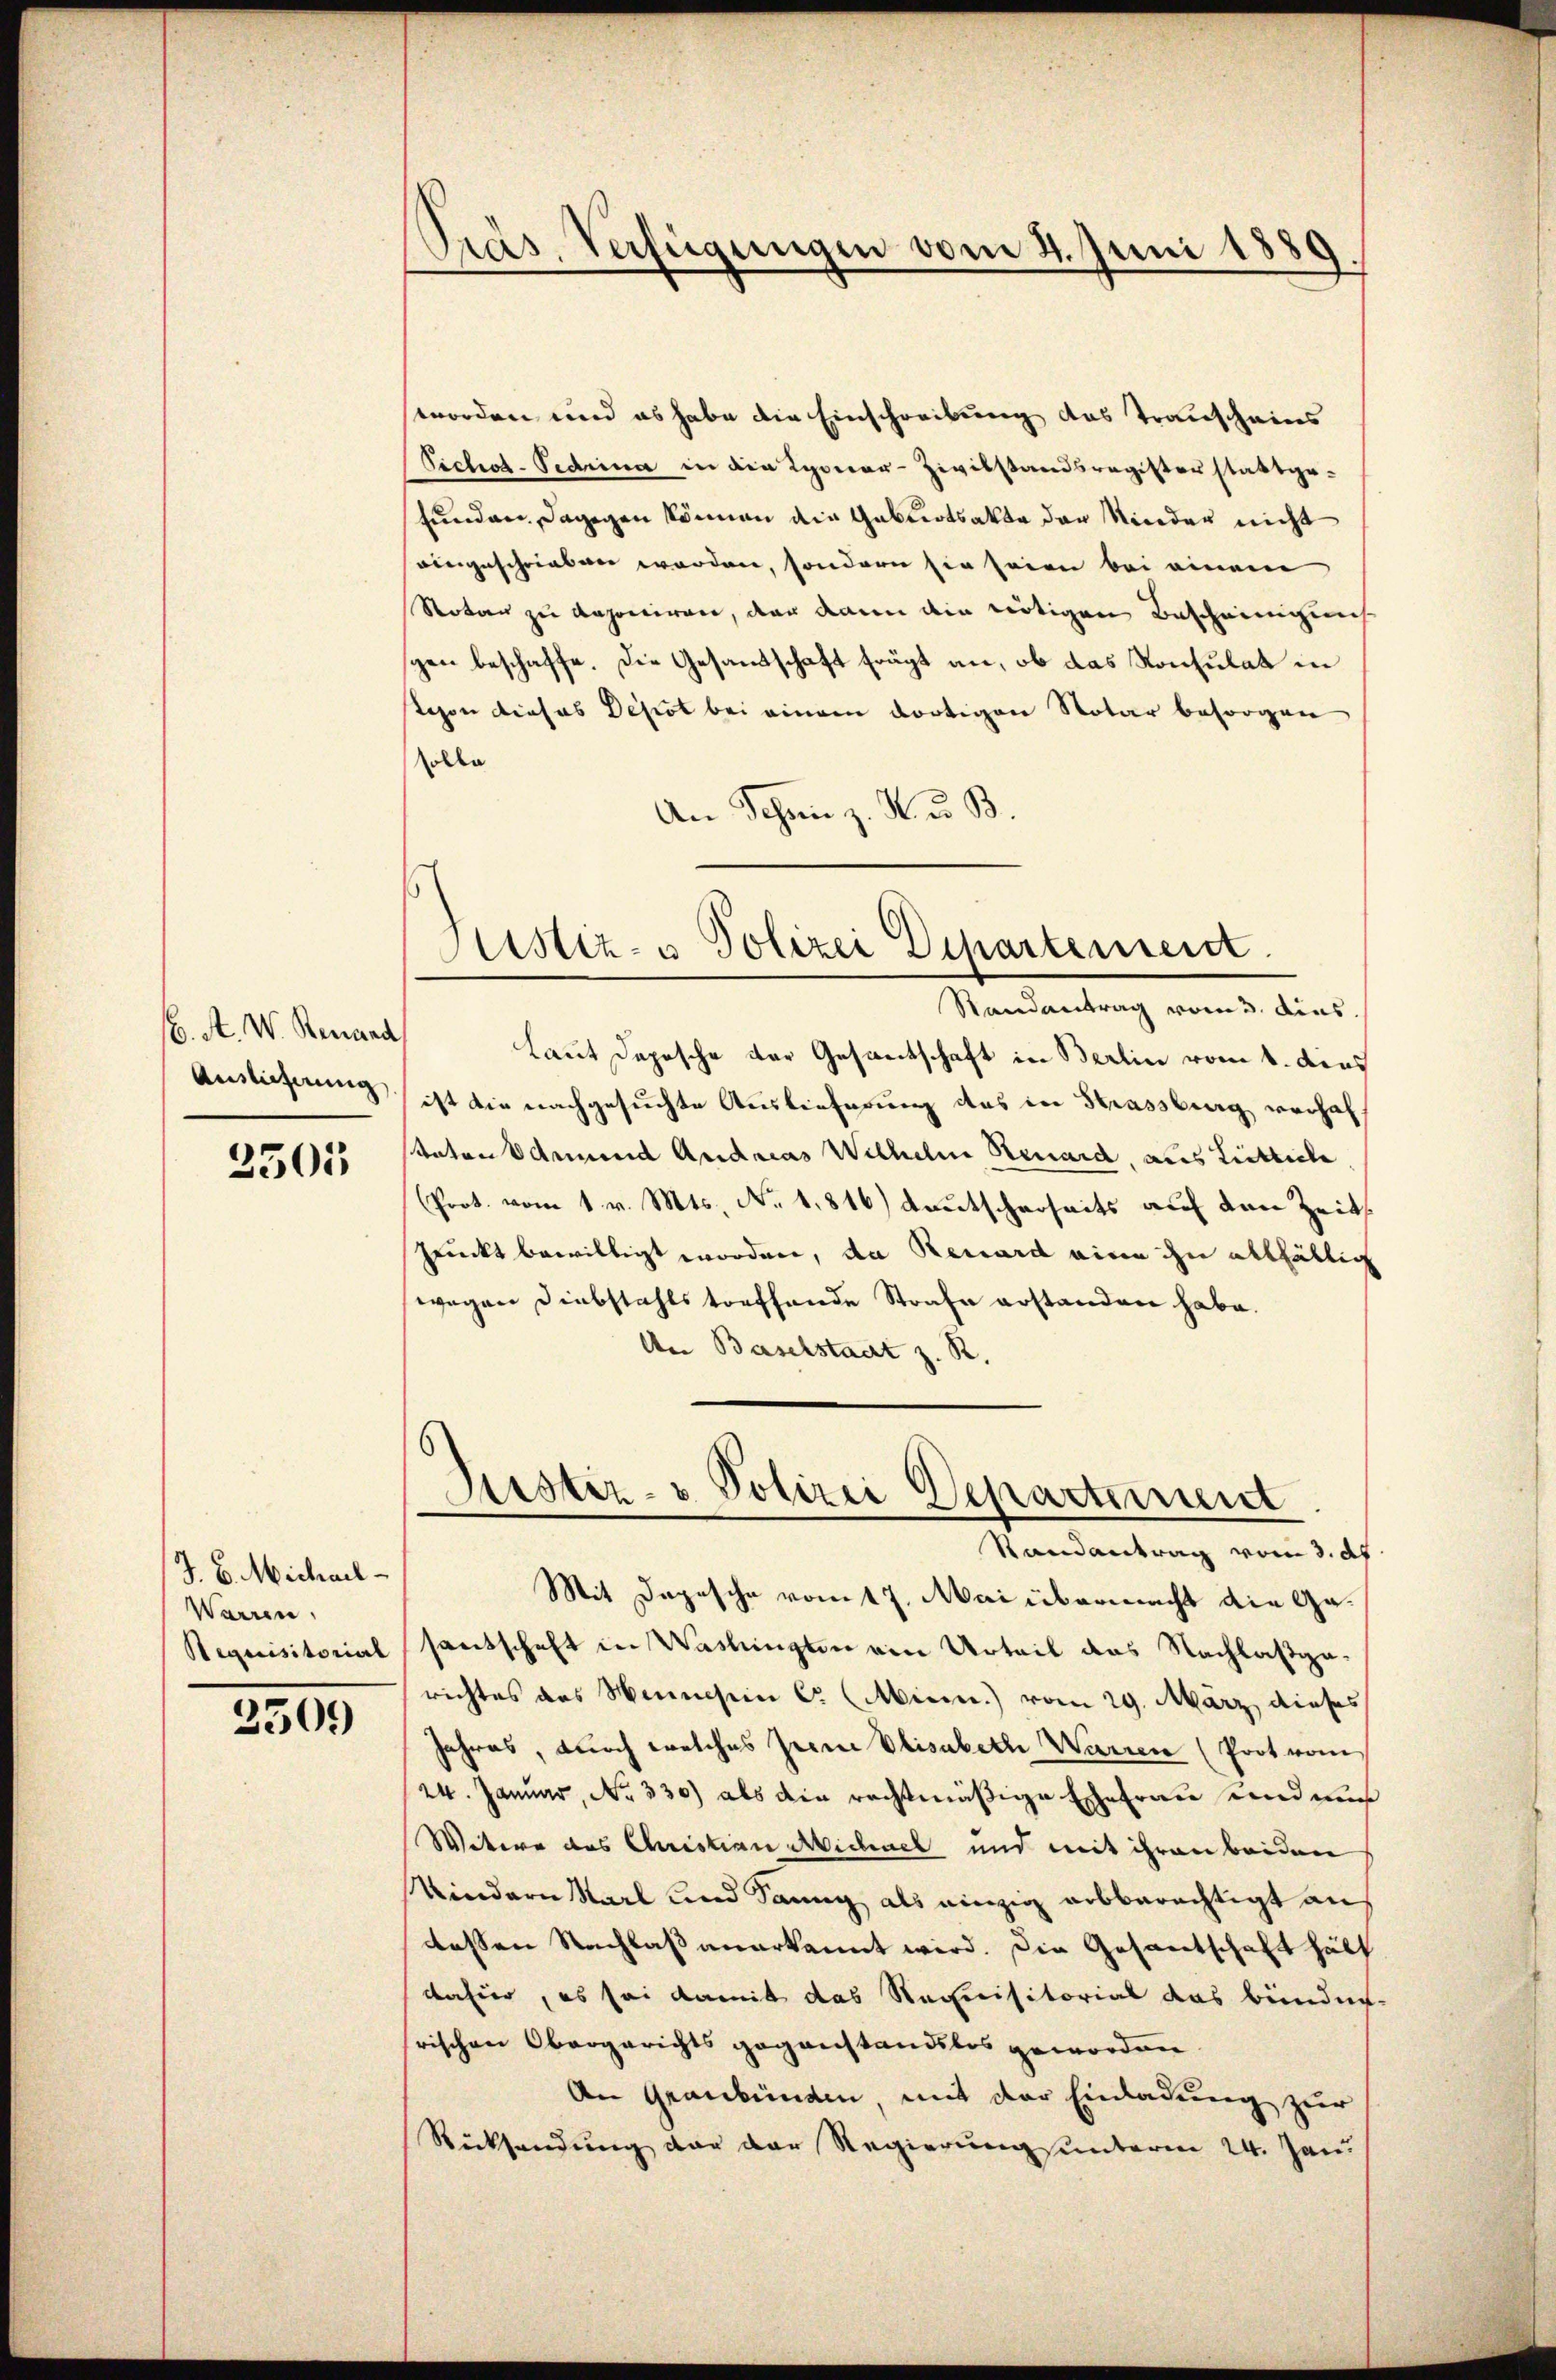
b. A. W. Renand
Auslicherung

2505

J. C. Michael
Warren.
Requisitorial

230.

8
pras. Verfügungen vom 4. Juni 1889

worden und es habe die Einschreibung das Transcheins
Vichot-Tedrina in die Lyoner-Zivilstandsregister stattge-
funden dagegen können die Geburtsakte der Nieder nicht
eingeschrieben worden, sondern sie seien bei einem
Notar zu deponiren, der dann die nötigen Bescheinigung
gen beschaffe. Die Gesandtschaft frägt an, ob das Konsulat in
Schon dieses Depot bei einem dortigen Notar besorgen
solle
An Schen z. R. u. B.
Laut Depesche der Gesandtschaft in Berlin vom 1. dies
ist die nachgesuchte Auslieferung des in Strassburg verhal
stator Odmund Andreas Wilhelm Renard, aus Liebliche
Prot. vom 1. v. Mts. No. 1816) deutscherseits auf den Zeit
Pruckt bewilligt worden, da Reuard eine ihn allfällig
wegen Diebstahlstorffende Strafe erstanden habe.
An Baselstaat z. R.
Justiz- & Polizei Departement
Randantrag vom 3. Ap
Mit Depesche vom 17. Mai übermacht die Gesantschaft in Washingten ein Urteil das Nachlaßgarichtes das Mannsein C. Minn.) vom 29. März, dieses
Jahres, durch welches prene Elisabeth Warren (Prot vom
24. Januar, No 330) als die rechtmäßige Ehefrau und muß
Witere des Christian Michael und mit ihren beiden
Kindern Karl und Sang als einzig arbberechtigt aus
dessen Nachlaß anerkannt wird. Die Gesantschaft hätt
dahier, es sei damit das Nachnisitorial das bünden
rischen Obergerichts gegenstandslos geworden.
An Graubünden, mit der Einladung zur
Rücksendung der der Regierung unterm 24. Jan

Austiz- u Polizei Departement.
Randantrag vom 3. dies